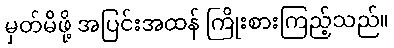
မှတ်မိဖို့ အပြင်းအထန် ကြိုးစားကြည့်သည်။